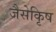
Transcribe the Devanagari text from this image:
जैसेकृिष